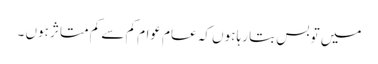
میں تو بس بتا رہا ہوں کہ عام عوام کم سے کم متاثر ہوں ۔